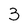
Character: 3